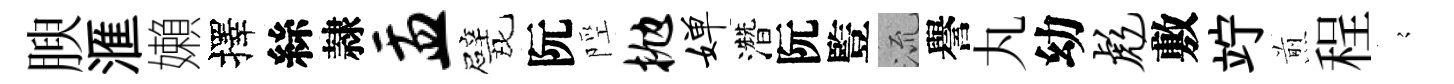
腴滙嬾擇絲隷盂戏阮陘抛婵濳阮䜿𣴑譽丸幼彪敷竚煎程𡪹